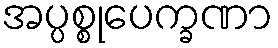
အပ္ပစ္စုပေက္ခဏာ